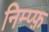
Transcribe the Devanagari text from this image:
निम्प्फ़